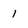
Character: 1